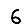
Digit: 6